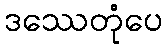
ဒဿေတုံပေ